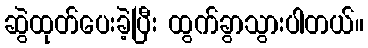
ဆွဲထုတ်ပေးခဲ့ပြီး ထွက်ခွာသွားပါတယ်။